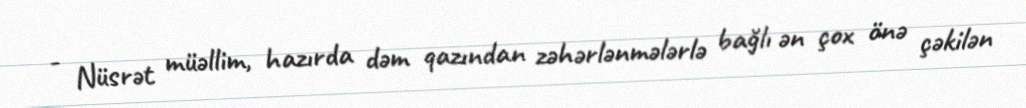
- Nüsrət müəllim, hazırda dəm qazından zəhərlənmələrlə bağlı ən çox önə çəkilən